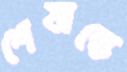
শেষান্তে